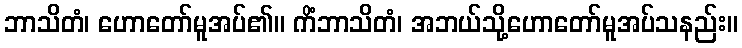
ဘာသိတံ၊ ဟောတော်မူအပ်၏။ ကိံဘာသိတံ၊ အဘယ်သို့ဟောတော်မူအပ်သနည်း။